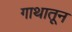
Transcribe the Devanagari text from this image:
गाथातून